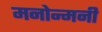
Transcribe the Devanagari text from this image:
मनोन्मनी